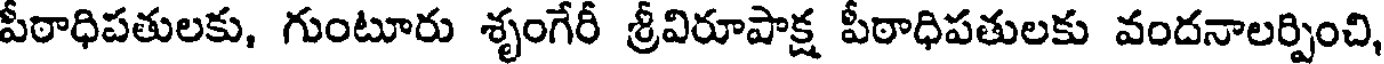
పీఠాధిపతులకు, గుంటూరు శృంగేరీ శ్రీవిరూపాక్ష పీఠాధిపతులకు వందనాలర్పించి